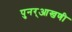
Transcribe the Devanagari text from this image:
पुनर्‌आखणी